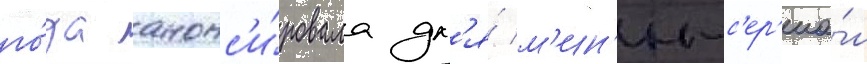
го́да анонс'и́ровала дл'я́ м'ин'и-с'ер'иа́л